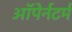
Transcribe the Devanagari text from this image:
ऑपेर्नटर्म